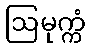
ဩမုက္ကံ